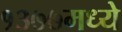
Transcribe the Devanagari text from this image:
१३७७मध्ये